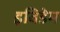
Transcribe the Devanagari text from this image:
इविडेम